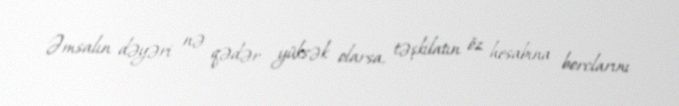
Əmsalın dəyəri nə qədər yüksək olarsa, təşkilatın öz hesabına borclarını